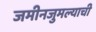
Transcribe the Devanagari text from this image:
जमीनजुमल्याची